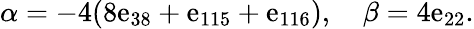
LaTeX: \alpha=-4(8\mathrm{e}_{38}+\mathrm{e}_{115}+\mathrm{e}_{116}),\quad\beta=4\mathrm{e}_{22}.